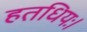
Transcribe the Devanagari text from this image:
हतधियः।